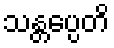
သန္တပ္ပေတိ